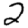
Digit: 2